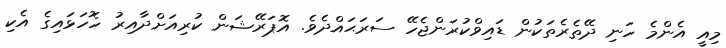
މިއީ އެންމެ ހަނި ދޭތެރެތަކުން ޑައިވްކުރަންޖެހޭ ސަރަޙައްދެވެ. އޮޕަރޭޝަން ކުރިއަށްދާއިރު ހޮހަޅައިގެ އެކި